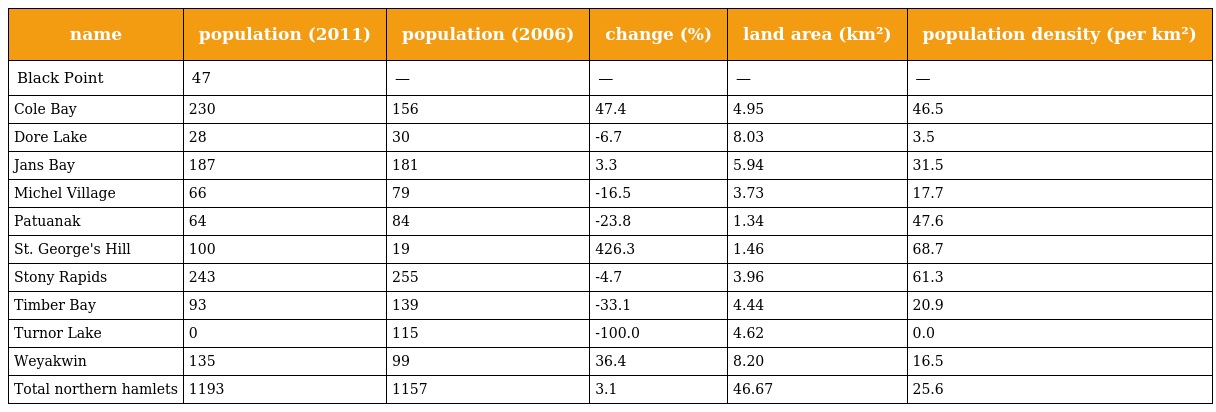
| name | population (2011) | population (2006) | change (%) | land area (km²) | population density (per km²) |
 | --- | --- | --- | --- | --- | --- |
 | Black Point | 47 | — | — | — | — |
 | Cole Bay | 230 | 156 | 47.4 | 4.95 | 46.5 |
 | Dore Lake | 28 | 30 | -6.7 | 8.03 | 3.5 |
 | Jans Bay | 187 | 181 | 3.3 | 5.94 | 31.5 |
 | Michel Village | 66 | 79 | -16.5 | 3.73 | 17.7 |
 | Patuanak | 64 | 84 | -23.8 | 1.34 | 47.6 |
 | St. George's Hill | 100 | 19 | 426.3 | 1.46 | 68.7 |
 | Stony Rapids | 243 | 255 | -4.7 | 3.96 | 61.3 |
 | Timber Bay | 93 | 139 | -33.1 | 4.44 | 20.9 |
 | Turnor Lake | 0 | 115 | -100.0 | 4.62 | 0.0 |
 | Weyakwin | 135 | 99 | 36.4 | 8.20 | 16.5 |
 | Total northern hamlets | 1193 | 1157 | 3.1 | 46.67 | 25.6 |